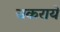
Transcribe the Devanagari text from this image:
चकराये